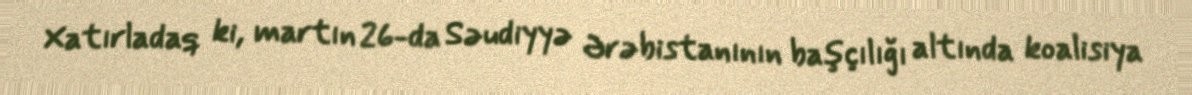
Xatırladaq ki, martın 26-da Səudiyyə Ərəbistanının başçılığı altında koalisiya